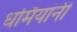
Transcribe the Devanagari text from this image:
धर्मियांनी